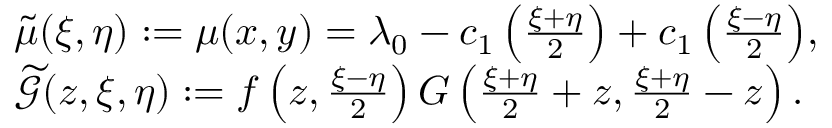
\begin{array} { r l } & { { \widetilde { \mu } ( \xi , \eta ) : = \mu ( x , y ) = \lambda _ { 0 } - c _ { 1 } \left( \frac { \xi + \eta } { 2 } \right) + c _ { 1 } \left( \frac { \xi - \eta } { 2 } \right) } , } \\ & { \widetilde { \mathcal { G } } ( z , \xi , \eta ) : = f \left( z , \frac { \xi - \eta } { 2 } \right) G \left( \frac { \xi + \eta } { 2 } + z , \frac { \xi + \eta } { 2 } - z \right) . } \end{array}